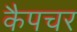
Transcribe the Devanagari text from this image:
कैपचर